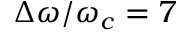
\Delta \omega / \omega _ { c } = 7 \